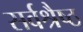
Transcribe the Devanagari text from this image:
सर्वश्रैष्ठ